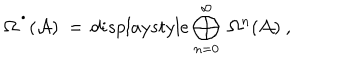
LaTeX: \Omega ^ { \, ^ { \bullet } } ( { \mathcal A } ) \ = \, d i s p l a y s t y l e \bigoplus _ { n = 0 } ^ { \infty } \ \Omega ^ { n } ( { \mathcal A } ) \ ,